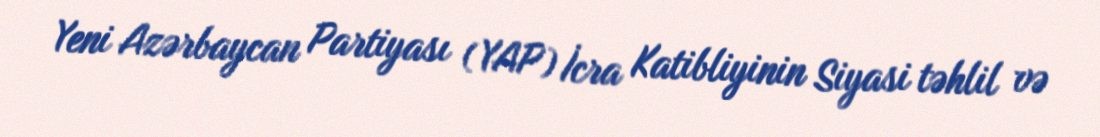
Yeni Azərbaycan Partiyası (YAP) İcra Katibliyinin Siyasi təhlil və